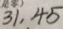
3 1 . 4 5